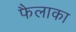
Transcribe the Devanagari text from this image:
फैलाका